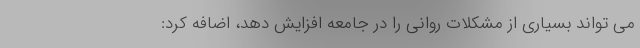
می تواند بسیاری از مشکلات روانی را در جامعه افزایش دهد، اضافه کرد: